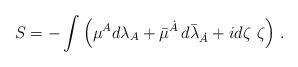
LaTeX: \begin{align*} S = - \int \left( {\mu}{}^{A}d\lambda_{A} + \bar{\mu}{}^{\dot{A}} \, d{\bar{\lambda}}_{\dot{A}} + i d{\zeta} ~{\zeta} \right) \, .\end{align*}